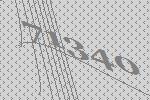
71340